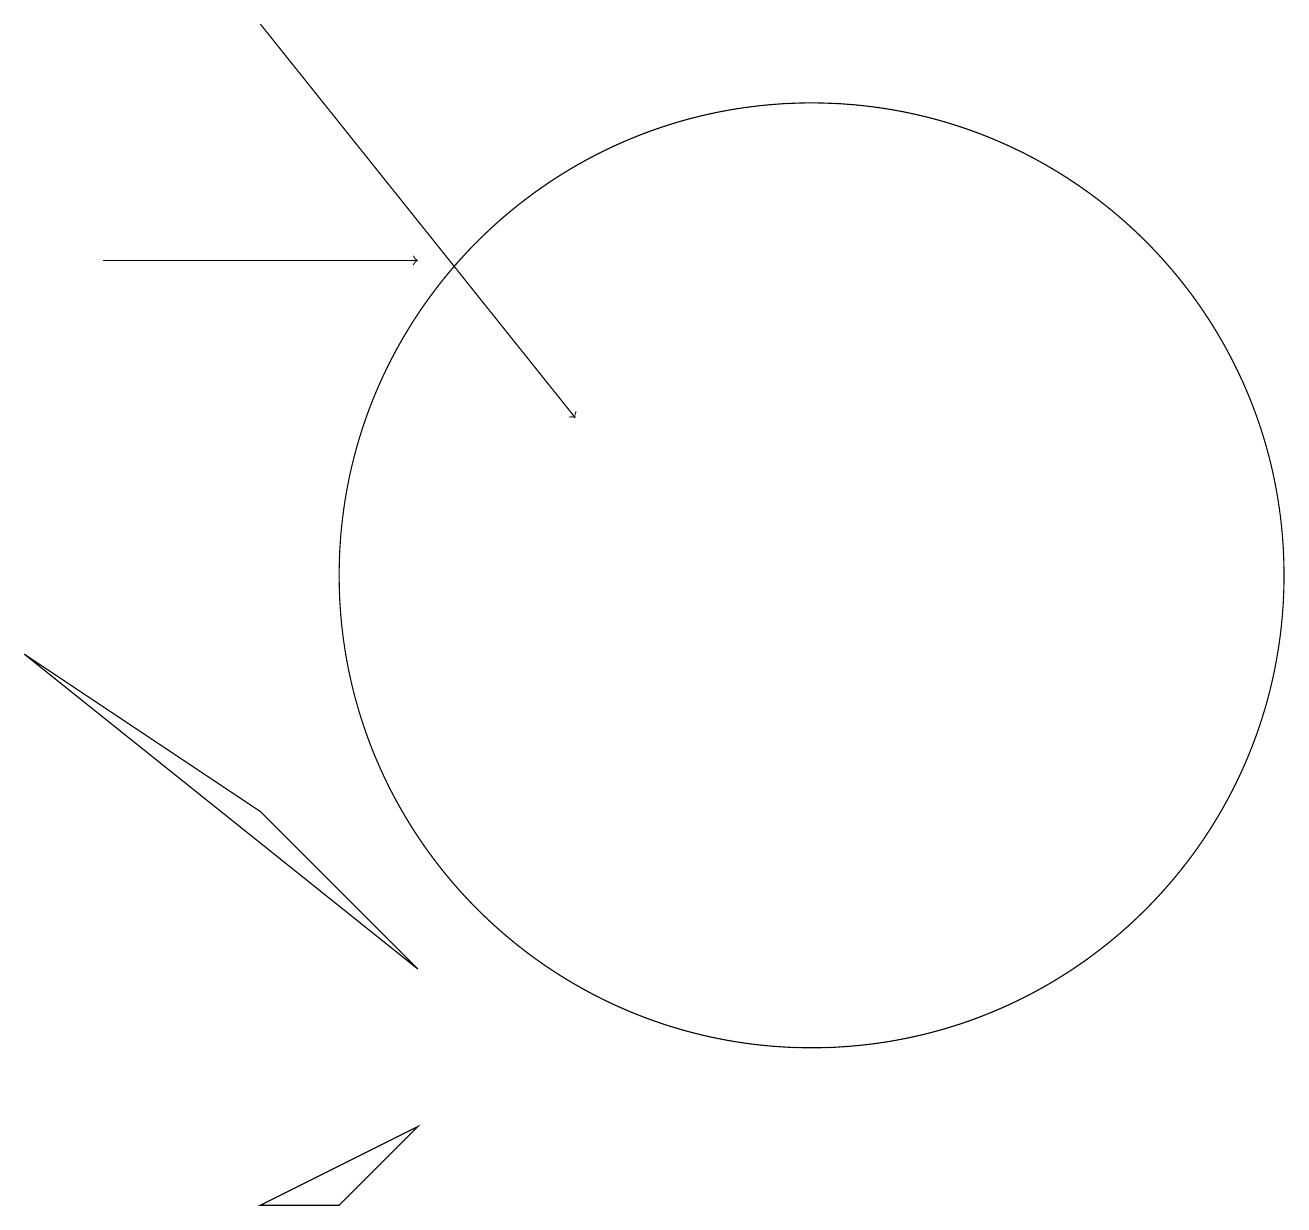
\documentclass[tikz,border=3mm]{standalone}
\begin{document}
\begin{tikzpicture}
\draw[->] (2,14) -- (6,14);
\draw[->] (4,17) -- (8,12);
\draw (11,12) circle (0);
\draw (11,10) circle (6);
\draw (6,5) -- (1,9) -- (4,7) -- cycle;
\draw (6,3) -- (4,2) -- (5,2) -- cycle;
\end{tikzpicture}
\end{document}